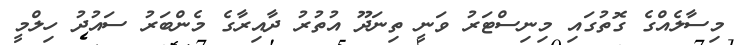
މިސާލެއްގެ ގޮތުގައި މިނިސްޓަރު ވަނީ ތިނަދޫ އުތުރު ދާއިރާގެ މެންބަރު ސައުދު ހިލްމީ